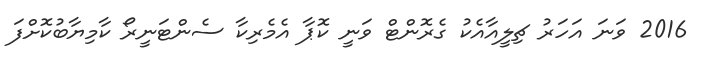
2016 ވަނަ އަހަރު ޗިލީއާއެކު ގެރޮންޓް ވަނީ ކޮޕާ އެމެރިކާ ސެންޓަނީރޯ ކާމިޔާބުކޮށްފަ